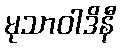
မုသာဝါဒိနီ